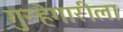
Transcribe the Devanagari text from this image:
गुन्हेगारीला